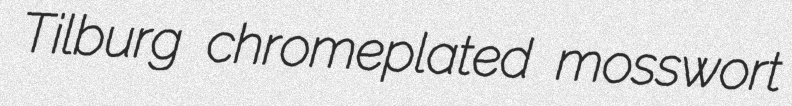
Tilburg chromeplated mosswort